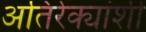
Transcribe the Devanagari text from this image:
अतिरेक्यांशी